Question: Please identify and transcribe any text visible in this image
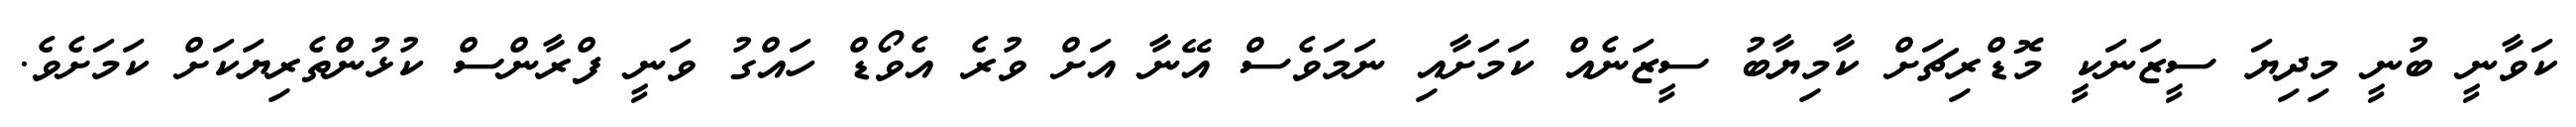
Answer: ކަވާނީ ބުނީ މިދިޔަ ސީޒަނަކީ މޮޑްރިޗަށް ކާމިޔާބު ސީޒަނެއް ކަމަށާއި ނަމަވެސް އޭނާ އަށް ވުރެ އެވޯޑް ހައްގު ވަނީ ފްރާންސް ކުޅުންތެރިޔަކަށް ކަމަށެވެ.